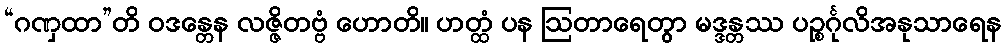
“ဂဏှထာ”တိ ဝဒန္တေန လဇ္ဇိတဗ္ဗံ ဟောတိ။ ဟတ္ထံ ပန ဩတာရေတွာ မဒ္ဒန္တဿ ပဉ္စင်္ဂုလိအနုသာရေန